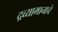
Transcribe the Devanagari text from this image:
द्रव्यामानाचे